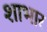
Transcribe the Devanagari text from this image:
शाभार